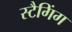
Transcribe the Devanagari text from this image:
स्टैगिंग